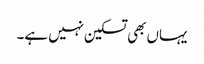
یہاں بھی تسکین نہیں ہے۔